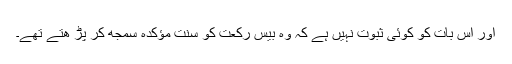
اور اس بات کو کوئی ثبوت نہیں ہے کہ وہ بیس رکعت کو سنتِ مؤکدہ سمجھ کر پڑ ھتے تھے۔